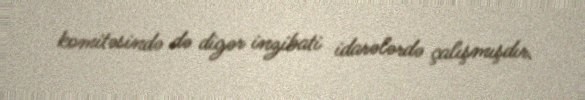
komitəsində də digər inzibati idarələrdə çalışmışdır.